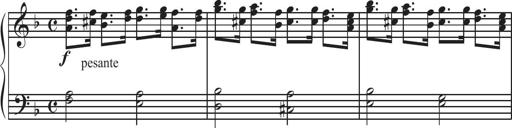
Title: Sonatina Espania
Composer: Jerald Franklin Archer
Key: Various